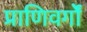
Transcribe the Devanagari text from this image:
प्राणिवर्गों